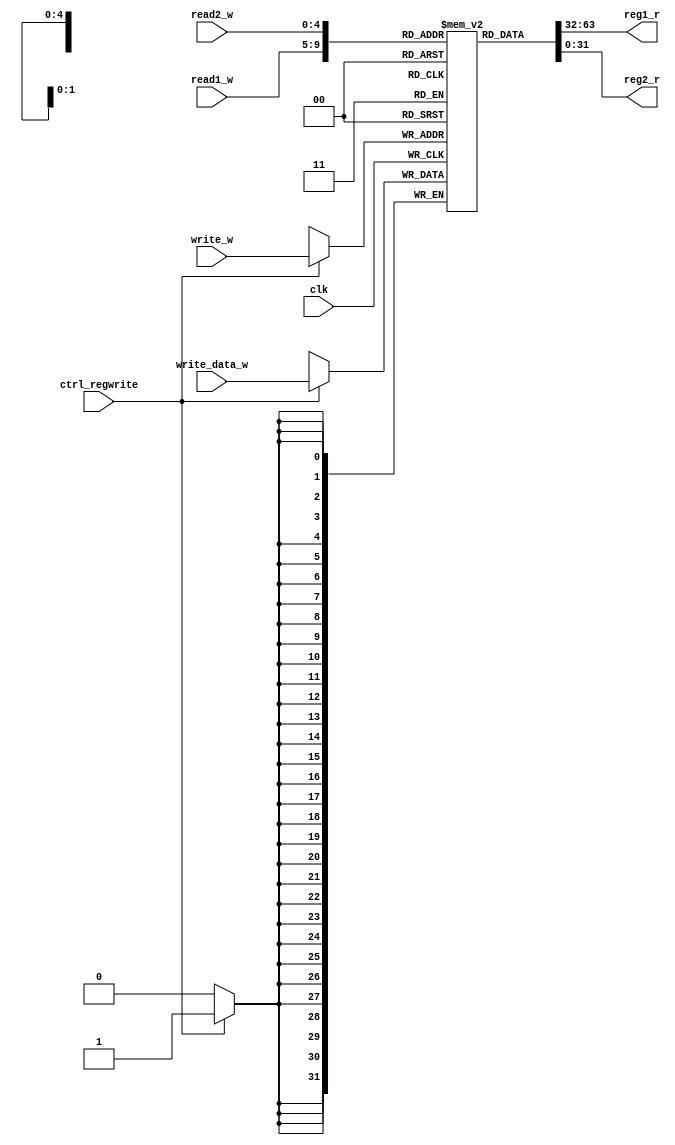
module reg_file(
	input clk,
	input ctrl_regwrite,
	input [4:0] read1_w,
	input [4:0] read2_w,
	input [4:0] write_w,
	input [31:0] write_data_w,
	output reg [31:0] reg1_r,
	output reg [31:0] reg2_r
);

reg [31:0] registers [31:0];

always @*
begin
	reg1_r = registers[read1_w];
	reg2_r = registers[read2_w];
end

always @(posedge clk)
begin
	if (ctrl_regwrite == 1'b1)
	begin
		registers[write_w] <= write_data_w;
	end
end

endmodule